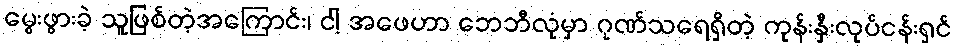
မွေးဖွားခဲ့ သူဖြစ်တဲ့အကြောင်း၊ ငါ့ အဖေဟာ ဘေဘီလုံမှာ ဂုဏ်သရေရှိတဲ့ ကုန်းနှီးလုပ်ငန်းရှင်